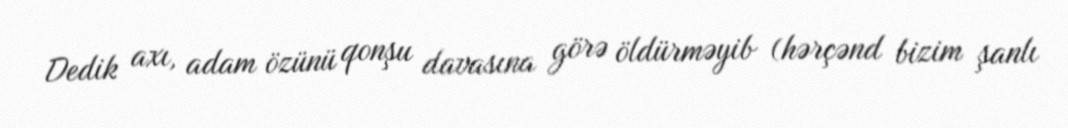
Dedik axı, adam özünü qonşu davasına görə öldürməyib (hərçənd bizim şanlı